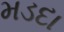
મડદા